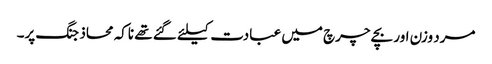
مرد وزن اور بچے چرچ میں عبادت کیلئے گئے تھے ناکہ محاذ جنگ پر۔